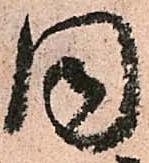
同